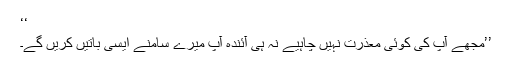
‘‘
’’مجھے آپ کی کوئی معذرت نہیں چاہیے نہ ہی آئندہ آپ میرے سامنے ایسی باتیں کریں گے۔